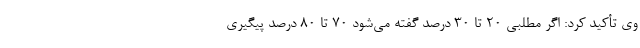
وی تأکید کرد: اگر مطلبی ۲۰ تا ۳۰ درصد گفته می‌شود ۷۰ تا ۸۰ درصد پیگیری